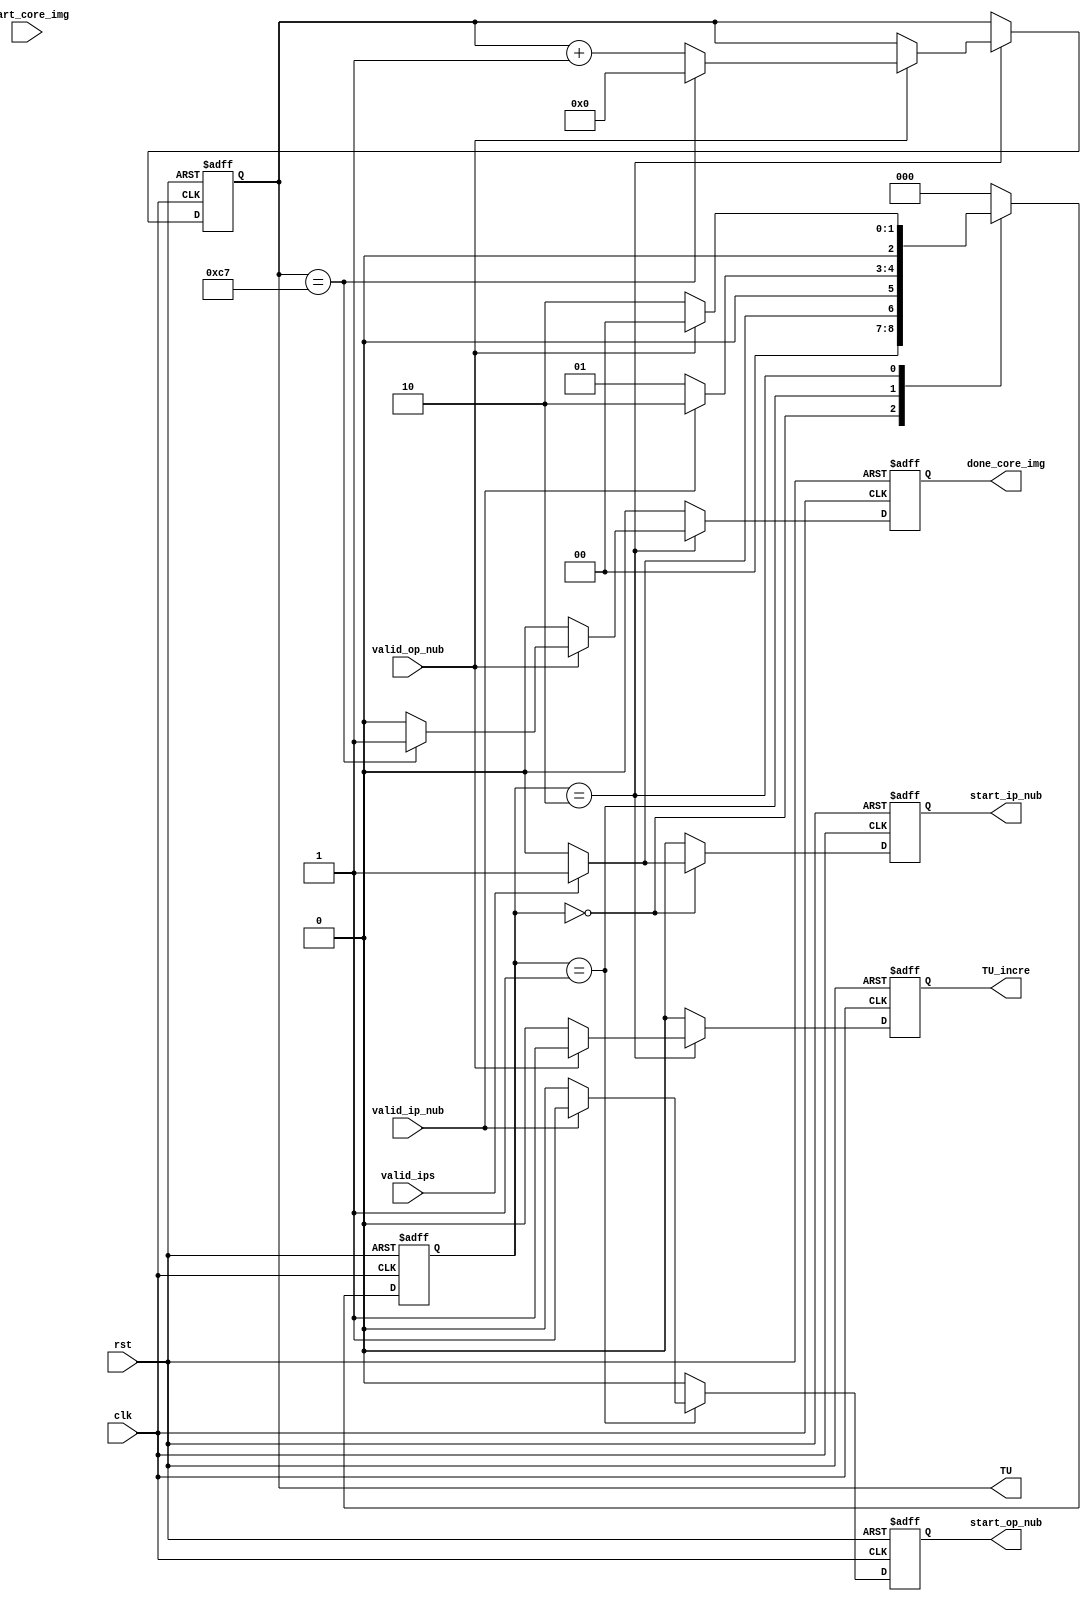
module time_unit(
	input				clk,rst,
	
	input				valid_ips,
	input				valid_ip_nub,
	input				valid_op_nub,
	input				start_core_img,
	
	output			start_ip_nub,
	output			start_op_nub,
	output[15:0]	TU,
	output			TU_incre,
	output			done_core_img
    );
	 
//input output declaration
wire		clk,rst;

wire		valid_ips;
wire		valid_ip_nub;
wire		valid_op_nub;

reg		start_ip_nub;
reg		start_op_nub;

reg[15:0]		TU;
reg				TU_incre;
reg				done_core_img;

localparam	[2:0]	idle   	 = 3'b000,
						ip_nub	 = 3'b001,
						op_nub 	 = 3'b010;
						
reg[2:0]		state_reg;


always @(posedge clk,posedge rst)
begin
	if (rst) begin
		state_reg 		<= idle;
		TU				 	<= 16'b0000000000000000;
		start_ip_nub	<=	0;
		start_op_nub	<=	0;
		done_core_img	<= 0;
		TU_incre			<= 0;
	end else begin
		done_core_img			<= 0;
		start_ip_nub			<= 1'b0;
		start_op_nub		   <= 1'b0;
		TU_incre					<= 1'b0;
		
		case (state_reg)
		idle: begin
					if (valid_ips) begin
						state_reg		 	<= ip_nub;
						start_ip_nub   	<= 1'b1;
					end else begin
						state_reg 	 		<= idle;
					end
				end
		ip_nub: begin
					if (valid_ip_nub) begin
						state_reg 			<= op_nub;
						start_op_nub	 	<= 1'b1;
					end else begin
						state_reg 			<= ip_nub;
					end
				end
		op_nub:  begin
					if (valid_op_nub) begin
						state_reg 	<= idle;
						TU_incre		<= 1'b1;
						TU <= TU + 1;
						if(TU==199) begin
							done_core_img <= 1;
							TU <= 0;
						end
					end else begin
						state_reg		<= op_nub;
					end
				end
		default: begin
							state_reg <= idle;
						end
		endcase
		
	end
end


endmodule